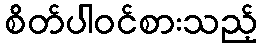
စိတ်ပါဝင်စားသည့်